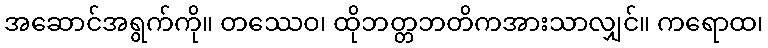
အဆောင်အရွက်ကို။ တဿေဝ၊ ထိုဘတ္တဘတိကအားသာလျှင်။ ကရောထ၊